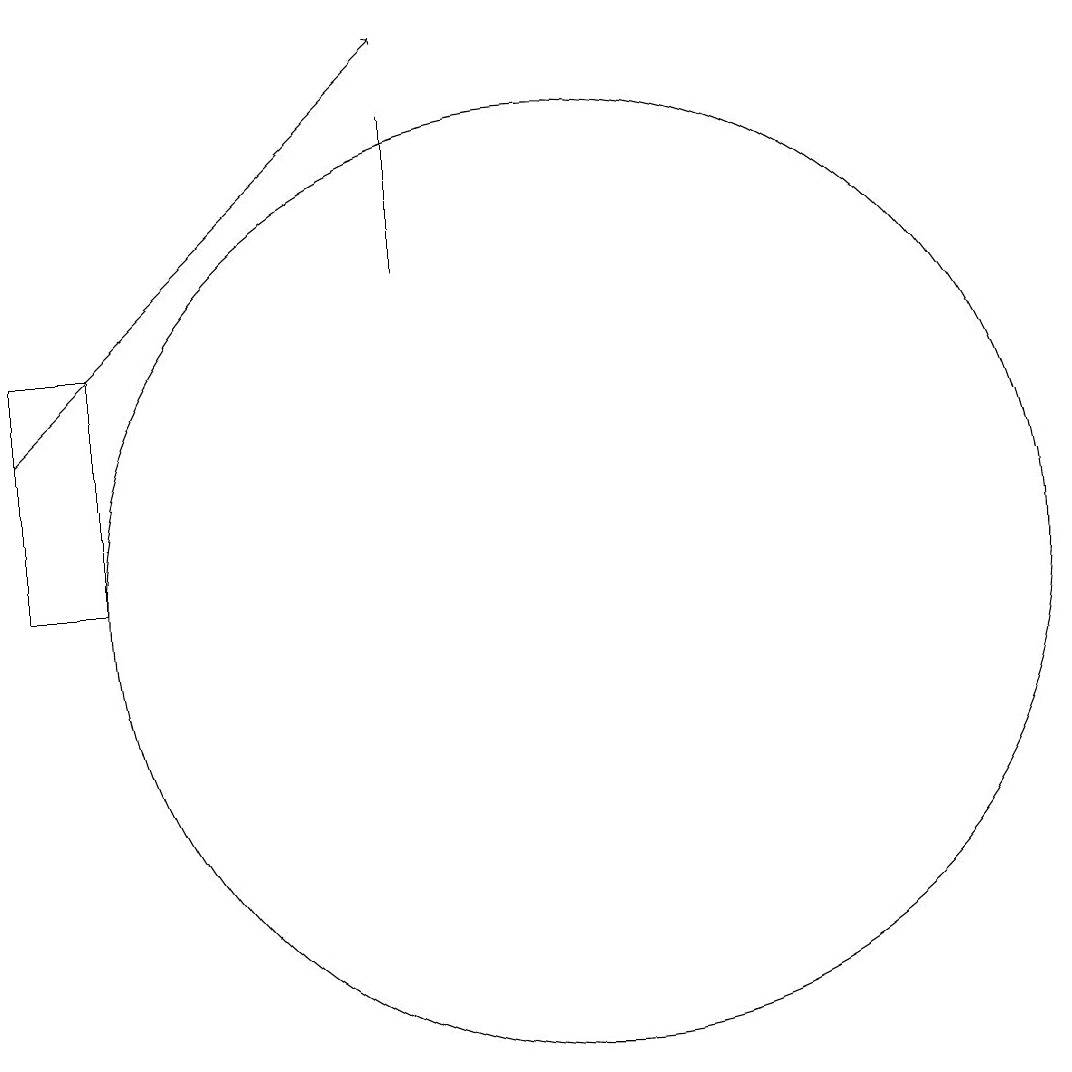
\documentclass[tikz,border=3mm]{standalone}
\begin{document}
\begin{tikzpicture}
\draw (11,11) circle (6);
\draw (9,15) rectangle (9,17);
\draw (5,11) rectangle (4,14);
\draw[->] (4,13) -- (9,18);
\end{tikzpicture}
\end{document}